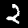
Label: 2